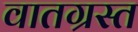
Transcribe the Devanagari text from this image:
वातग्रस्त